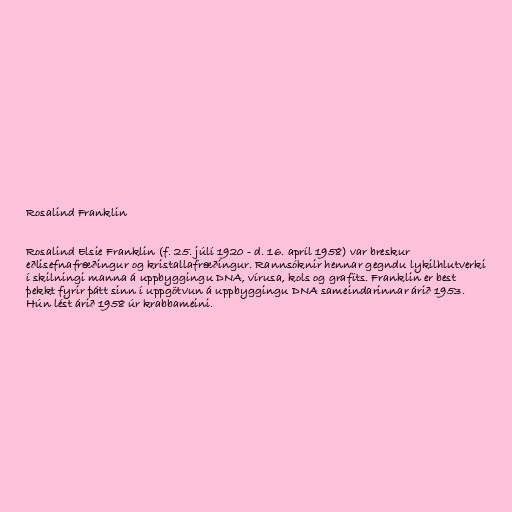
Rosalind Franklin

Rosalind Elsie Franklin (f. 25. júlí 1920 - d. 16. apríl 1958) var breskur
eðlisefnafræðingur og kristallafræðingur. Rannsóknir hennar gegndu lykilhlutverki
í skilningi manna á uppbyggingu DNA, vírusa, kols og grafíts. Franklin er best
þekkt fyrir þátt sinn í uppgötvun á uppbyggingu DNA sameindarinnar árið 1953.
Hún lést árið 1958 úr krabbameini.